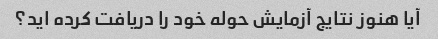
آیا هنوز نتایج آزمایش حوله خود را دریافت کرده اید؟